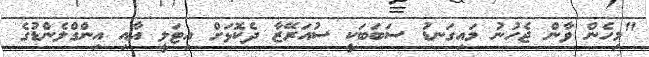
"މިހެން ވާން ޖެހުނު މައިގަނޑު ސަބަބަކީ ސުއަރޭޒާ ދެކޮޅަށް އިޓަލީ އާއި އިންގްލެންޑުގެ